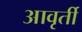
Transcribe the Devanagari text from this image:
आवृर्ती